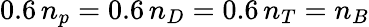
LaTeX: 0.6\, n_{p}=0.6\, n_{D}=0.6\, n_{T}=n_{B}